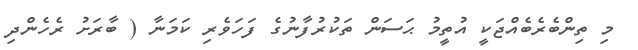
މި ތިންބެރެބެއްޖަކީ އުތީމު ޙަސަން ތަކުރުފާނުގެ ފަހަވެރި ކަމަނާ ( ބާރަށު ރެހެންދި